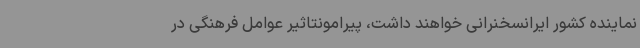
نماینده کشور ایرانسخنرانی خواهند داشت، پیرامونتاثیر عوامل فرهنگی در